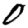
Digit: 0